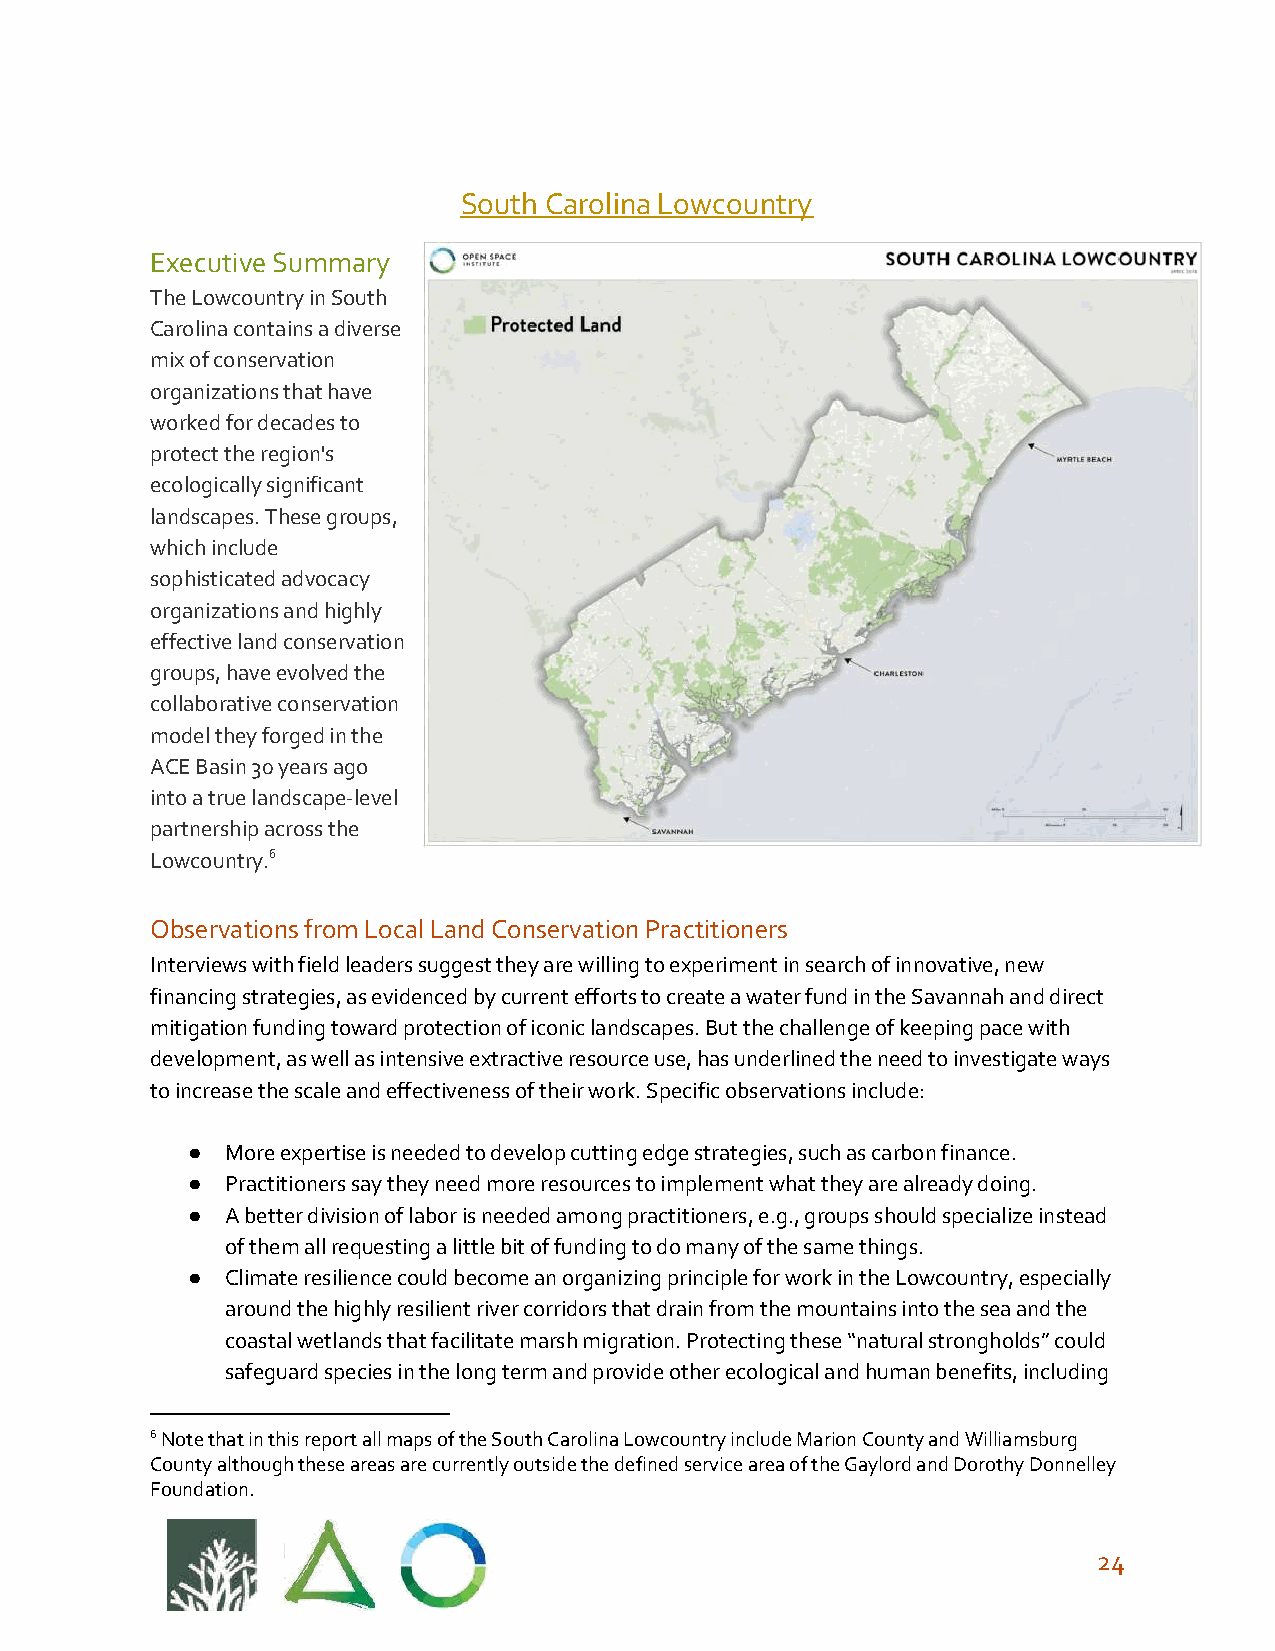
South Carolina Lowcountry
 Executive Summary
 The Lowcountry in South
 Carolina contains a diverse
 mix of conservation
 organizations that have
 worked for decades to
 protect the region's
 ecologically significant
 landscapes. These groups,
 which include
 sophisticated advocacy
 organizations and highly
 effective land conservation
 groups, have evolved the
 collaborative conservation
 model they forged in the
 ACE Basin 30 years ago
 into a true landscape-level
 partnership across the
 Lowcountry.6
 Observations from Local Land Conservation Practitioners
 Interviews with field leaders suggest they are willing to experiment in search of innovative, new
 financing strategies, as evidenced by current efforts to create a water fund in the Savannah and direct
 mitigation funding toward protection of iconic landscapes. But the challenge of keeping pace with
 development, as well as intensive extractive resource use, has underlined the need to investigate ways
 to increase the scale and effectiveness of their work. Specific observations include:
 ●  More expertise is needed to develop cutting edge strategies, such as carbon finance.
 ●  Practitioners say they need more resources to implement what they are already doing.
 ●  A better division of labor is needed among practitioners, e.g., groups should specialize instead
 of them all requesting a little bit of funding to do many of the same things.
 ●  Climate resilience could become an organizing principle for work in the Lowcountry, especially
 around the highly resilient river corridors that drain from the mountains into the sea and the
 coastal wetlands that facilitate marsh migration. Protecting these “natural strongholds” could
 safeguard species in the long term and provide other ecological and human benefits, including
 6 Note that in this report all maps of the South Carolina Lowcountry include Marion County and Williamsburg
 County although these areas are currently outside the defined service area of the Gaylord and Dorothy Donnelley
 Foundation.
 24